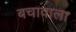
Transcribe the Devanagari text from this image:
बचावाला